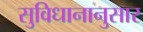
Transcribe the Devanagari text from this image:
सुविधानानुसार